Leningradi_Edasi_toimetus, lk 42
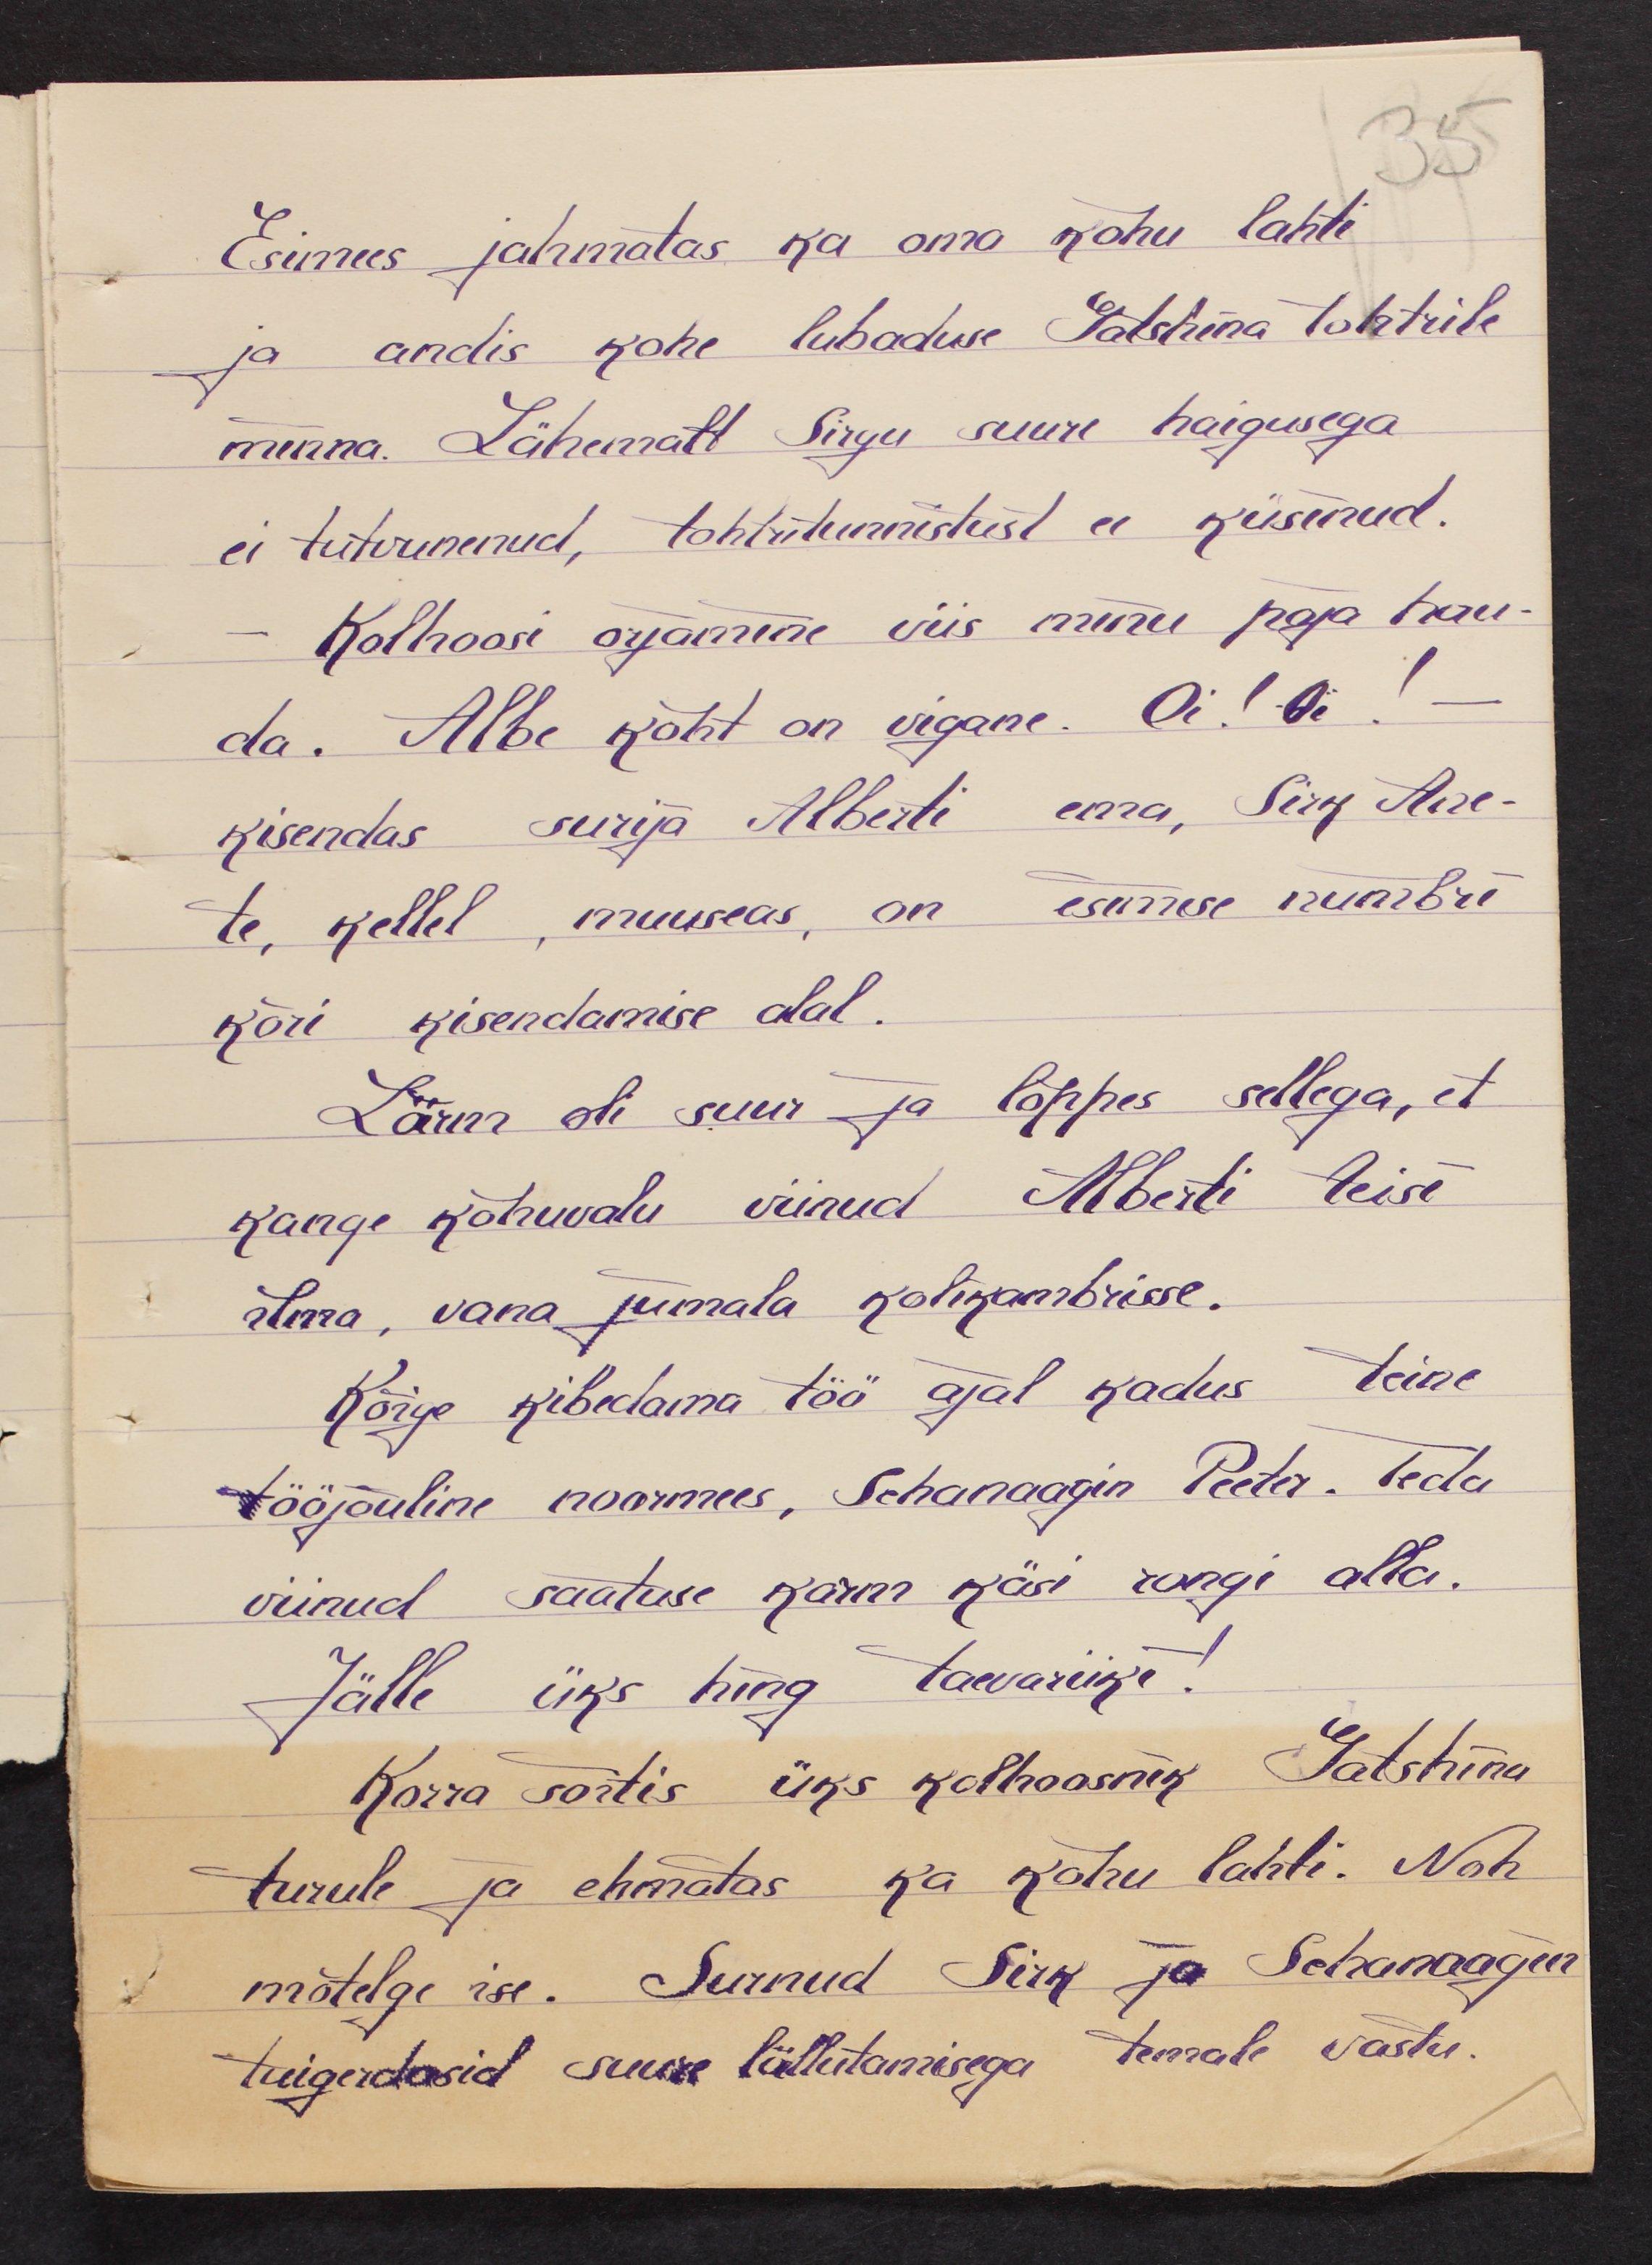
Esimees jahmatas ka oma kõhu lahti
ja andis kohe lubaduse Gatshina Tohtrile
minna. Lähemalt Sirgu suure haigusega
ei tutvunenud, tohtritunnistust ei küsinud.
Kolhoosi orjamine viis minu poja hau-
da. Albe kõht on vigane. Oi! Ai! -
kisendas surija Alberti ema, Sirk Ane-
te, kellel, muuseas, on esimese numbri
kõri kisendamise alal.
Lärm oli suur ja lõppes sellega, et
kange kõhuvalu viinud Alberti teise
ilma, vana jumala kolikambrisse.
Kõige kibedama töö ajal kadus teine
tööjõuline noormees, Schanaagin Peeter. Teda
viinud saatuse karm käsi rongi alla.
Jälle üks hing taevariiki!
Korra sõitis üks kolhoosnik Gatshina
turule ja ehmatas ka kõhu lahti. Noh
mõtelge ise. Surnud Sirk ja Schanaagin
tuigerdasid suure lällutamisega temale vastu.